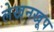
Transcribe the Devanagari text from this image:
लेखनखूप